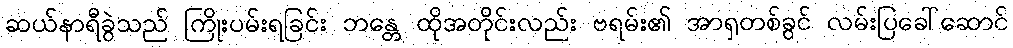
ဆယ်နာရီခွဲသည် ကြိုးပမ်းရခြင်း ဘန္တေ ထိုအတိုင်းလည်း ဗရမ်း၏ အာရှတစ်ခွင် လမ်းပြခေါ်ဆောင်